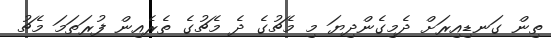
ތިން ގަނޑިއިރަށް ދެމިގެންދިޔަ މި މެޗުގެ ދެ މެޗުގެ ތެރެއިން ފުރަތަމަ މެޗު